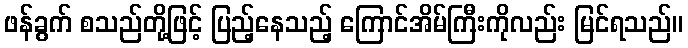
ဖန်ခွက် စသည်တို့ဖြင့် ပြည့်နေသည့် ကြောင်အိမ်ကြီးကိုလည်း မြင်ရသည်။